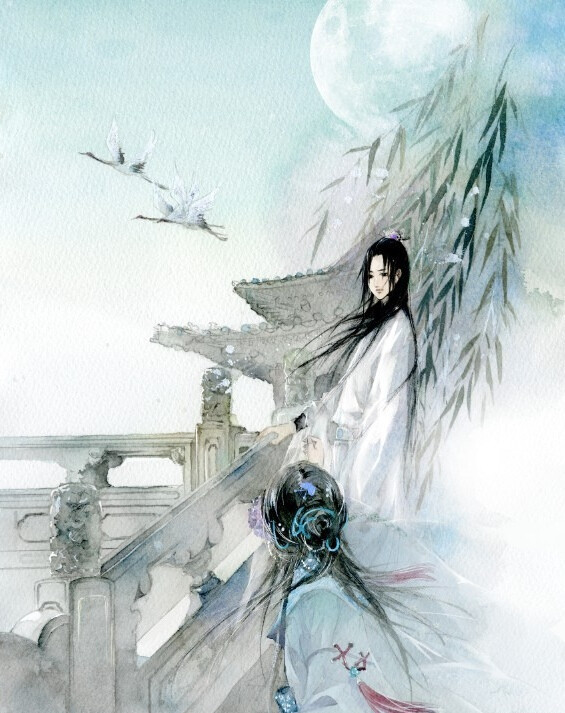
今何许。凭阑怀古。残柳参差舞。